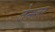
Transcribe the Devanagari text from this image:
जेन्स्लर